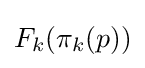
F_{k}(\pi _{k}(p))